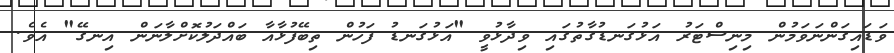
ވަޑައިގަންނަވަމުން މިނިސްޓަރު އަޅުގަނޑުގާތުގައި ވިދާޅުވީ "އަޅުގަނޑު ފަހުން ތިބޭފުޅާއާ ބައްދަލުކޮށްލާނަން އިނގޭ" އެވެ.